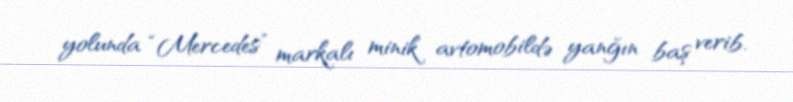
yolunda “Mercedes” markalı minik avtomobildə yanğın baş verib.